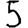
Digit: 5